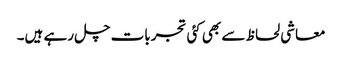
معاشی لحاظ سے بھی کئی تجربات چل رہے ہیں۔